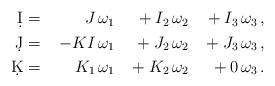
LaTeX: \begin{align*}\begin{aligned}\d I ={}&& J\,\omega_1 &&{}+ I_2\,\omega_2 &&{}+ I_3\,\omega_3\,,&{}\\\d J ={}&& -KI\,\omega_1 &&{}+ J_2\,\omega_2 &&{}+ J_3\,\omega_3\,,&{}\\\d K ={}&& K_1\,\omega_1 &&{}+ K_2\,\omega_2 &&{}+ 0\,\omega_3\,.&{}\\\end{aligned}\end{align*}